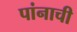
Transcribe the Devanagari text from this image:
पांनाची